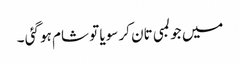
میں جو لمبی تان کر سویا تو شام ہو گئی ۔